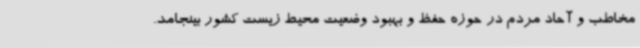
مخاطب و آحاد مردم در حوزه حفظ و بهبود وضعیت محیط زیست کشور بینجامد.